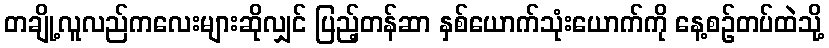
တချို့လူလည်ကလေးများဆိုလျှင် ပြည့်တန်ဆာ နှစ်ယောက်သုံးယောက်ကို နေ့စဉ်တပ်ထဲသို့